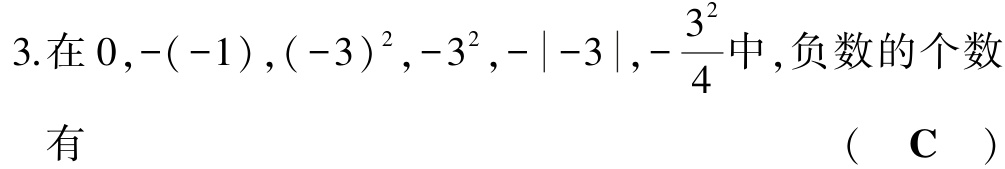
3.在\(0,-(-1),(-3)^{2},-3^{2},-|-3|,-\frac{3^{2}}{4}\)中,负数的个数

有  （ \(\mathbf{C}\) ）